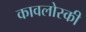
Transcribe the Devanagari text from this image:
कावलोस्की